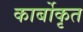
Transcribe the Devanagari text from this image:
कार्बोकृत